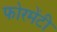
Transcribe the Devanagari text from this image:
फोरमेंटी